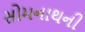
સોમનાથની